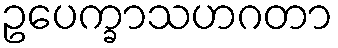
ဥပေက္ခာသဟဂတာ